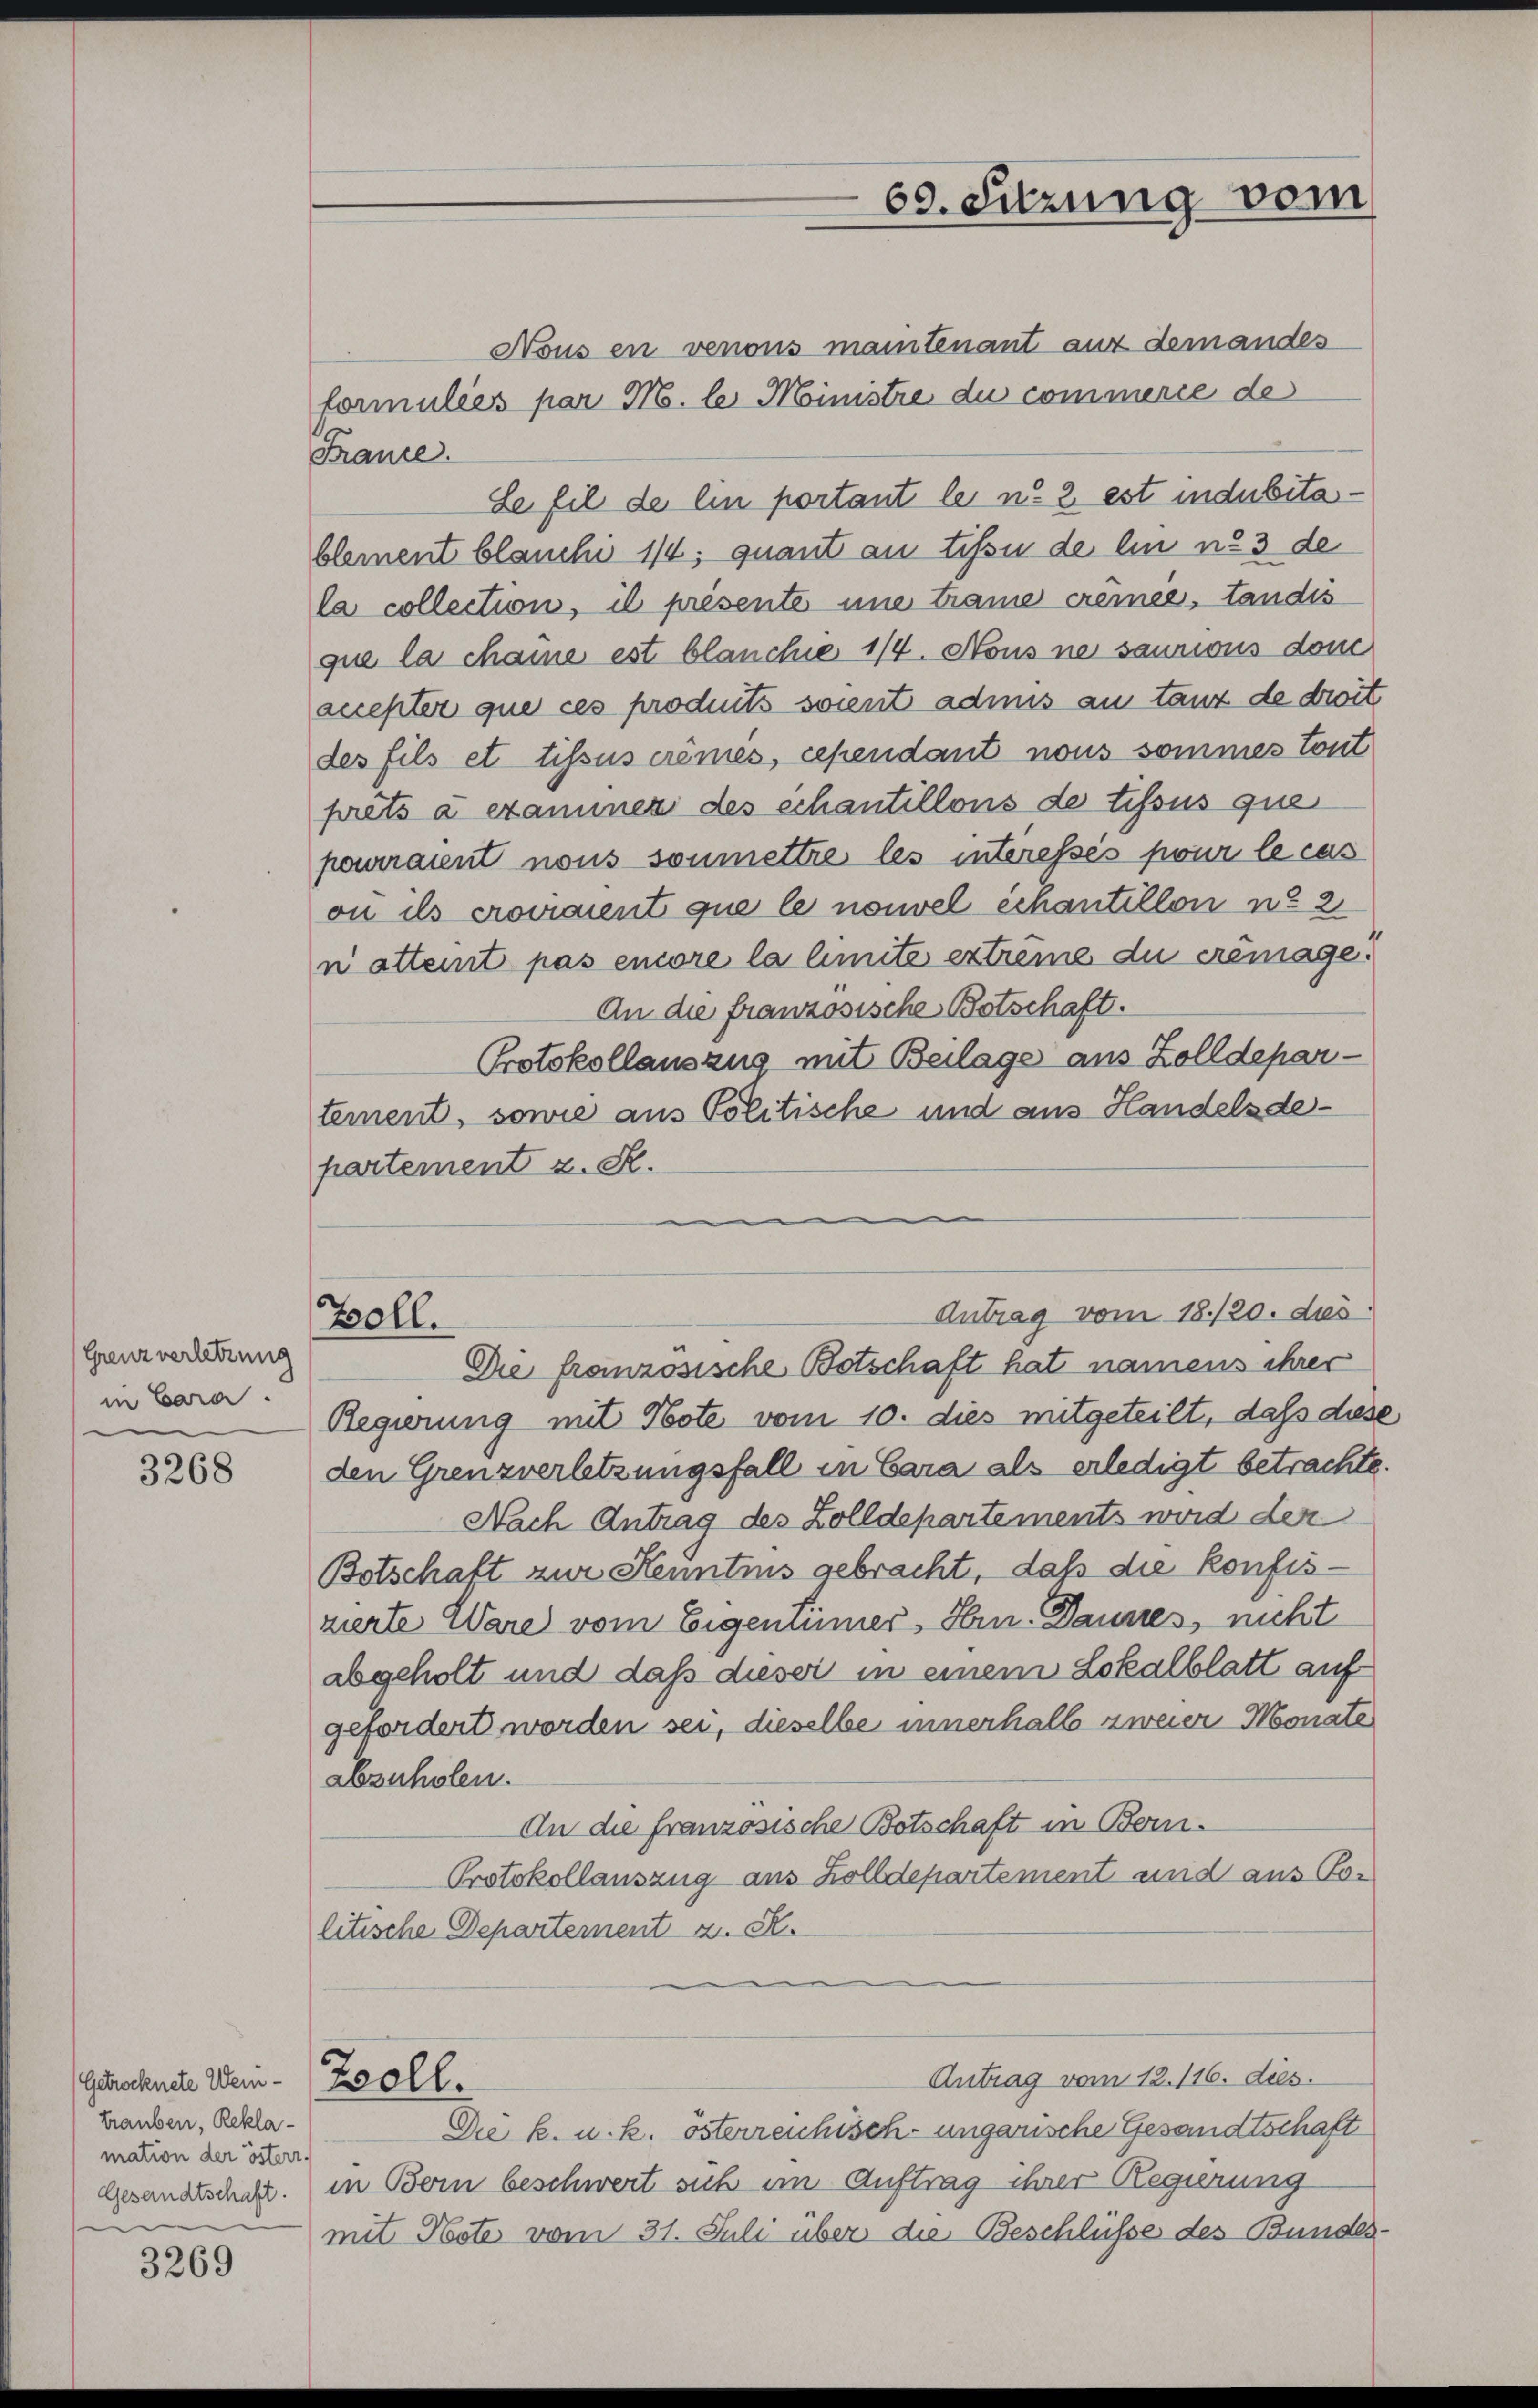
Grenz verletzung
in Cara.

3268

(Getrocknete Weintrauben, Reklamation der östers
Gesandtschaft.
u

3269

Nous en venons maintenant auf demandes
formuliés par M. le Ministre du commerce de
France.
Le fil de lin portant le n. 2 est indubitablement blauche 1/4, quant an tesse de lin no 3 de
la collection, il présente une trame cremie, tandis
que la chame est blanchie 1/4. Nous ne saunions dom
accepter que ces produits soient admis au tanz de droit
des fils et tissus cremes, cependant nous sommes tout
prêts à examiner des schantillons de tissus que
pourraient nous soumettre les interessés pour le cas
on als croiraient que le nouvel échantillon u. 2
n atteint pas encore la limite extreme du cremage.
An die französische Botschaft.
Protokollauszug mit Beilage aus Zolldepar-
tement, sowie aus Politische und aus Handelsdepartement z. S.
Antrag vom 18./20. des
Zoll.
Die französische Botschaft hat namens ihrer
Regierung mit Note vom 10. dies mitgeteilt, daß dies
den Grenzverletzungsfall in Bara als erledigt betrachte
Nach Antrag des Zolldepartements wird der
Botschaft zur Kenntnis gebracht, daß die konfiszierte Ware vom Eigentümer, Hrn. Daunes, nicht
abgeholt und daß dieser in einem Lokalblatt auf
gefordert worden sei, dieselbe innerhalb zweier Monate
abzuholen.
An die französische Botschaft in Bern.
Protokollauszug aus Zolldepartement und aus Po-
litische Departement z. B.

Zooll.

69. Sitzung vom

Antrag vom 12. 116. dies.
Die k. u. k. österreichisch-ungarische Gesandtschaft
in Bern beschwert sich im Auftrag ihrer Regierung
mit Note vom 31. Juli über die Beschlüsse des Bundes-